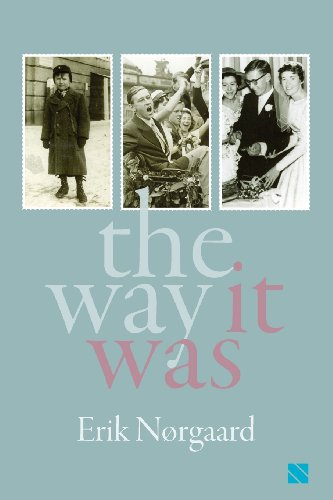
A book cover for The Way It Was; Erik Norgaard; Biographies & Memoirs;